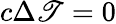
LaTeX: c\Delta\mathscr{T}=0